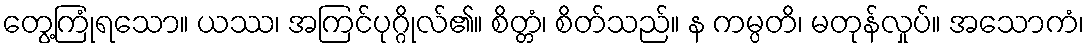
တွေ့ကြုံရသော။ ယဿ၊ အကြင်ပုဂ္ဂိုလ်၏။ စိတ္တံ၊ စိတ်သည်။ န ကမ္ပတိ၊ မတုန်လှုပ်။ အသောကံ၊